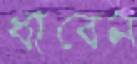
ধাবেন